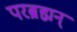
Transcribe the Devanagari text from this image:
परब्रह्मन्